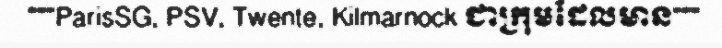
"""ParisSG, PSV, Twente, Kilmarnock ជាក្រុមដែលមាន"""